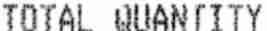
TOTAL QUANTITY